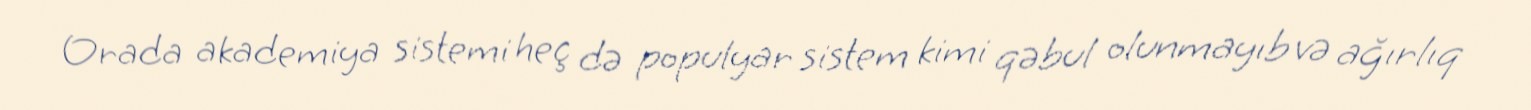
Orada akademiya sistemi heç də populyar sistem kimi qəbul olunmayıb və ağırlıq